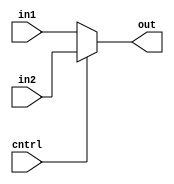
module MUX2to1_5(cntrl,in1,in2,out);
input cntrl;
input [4:0] in1,in2;
output [4:0] out;
assign out = (cntrl == 1) ? in2 : in1;
endmodule